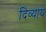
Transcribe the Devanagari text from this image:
दिव्याय